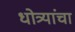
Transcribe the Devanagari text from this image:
धोत्र्यांचा